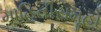
માહિતીસમૂહો